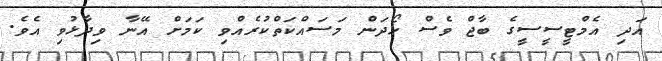
އަދި އެމްޓީސީސީގެ ބާޖް ވެސް ހޯދަން މަސައްކަތްކުރެއްވި ކަމަށް އޭނާ ވިދާޅުވި އެވެ.